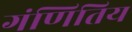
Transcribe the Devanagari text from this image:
गंणितिय